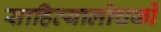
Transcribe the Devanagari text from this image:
साहित्यालोचकों